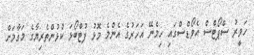
ހަވީރު ސްޕޯޓްސް އެވޯޑްސްގައި ހިމެނޭ އަހަރުގެ އެންމެ މޮޅު ފުޓްބޯޅަ ކުޅުންތެރިޔާގެ މަގާމަށް